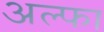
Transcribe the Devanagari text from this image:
अल्‍फा